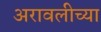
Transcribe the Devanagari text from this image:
अरावलीच्या